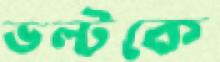
ভল্টকে